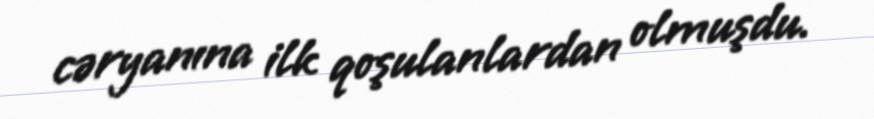
cəryanına ilk qoşulanlardan olmuşdu.